Annual statistical returns and brief notes on vaccination in Bengal - 1909-1929
Year: 1909
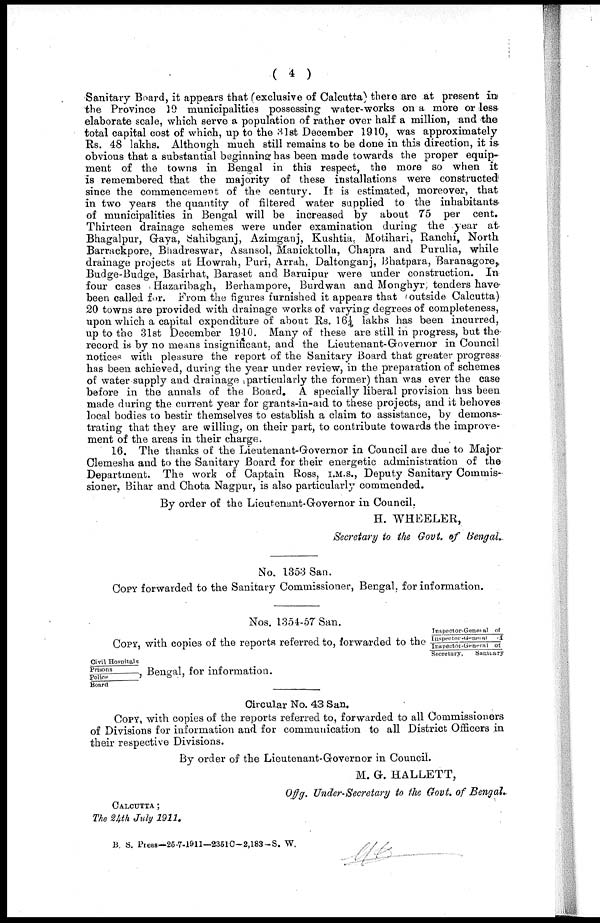
( 4 )
Sanitary Board, it appears that (exclusive of Calcutta) there are at present in
the Province 19 municipalities possessing water-works on a more or less
elaborate scale, which serve a population of rather over half a million, and the
total capital cost of which, up to the 31st December 1910, was approximately
Rs. 48 lakhs. Although much still remains to be done in this direction, it is
obvious that a substantial beginning has been made towards the proper equip-
ment of the towns in Bengal in this respect, the more so when it
is remembered that the majority of these installations were constructed
since the commencement of the century. It is estimated, moreover, that
in two years the quantity of filtered water supplied to the inhabitants
of municipalities in Bengal will be increased by about 75 per cent.
Thirteen drainage schemes were under examination during the year at
Bhagalpur, Graya, Sahibganj, Azimganj, Kushtia, Motihari, Ranchi, North.
Barrackpore, Bhadreswar, Asansol, Manicktolla, Chapra and Purulia, while
drainage projects at Howrah, Puri, Arrah, Daltonganj, Bhatpara, Baranagore,
Budge-Budge, Basirhat, Baraset and Baruipur were under construction. In
four cases Hazaribagh, Berhampore, Burdwan and Monghyr tenders have
been called for. From the figures furnished it appears that outside Calcutta)
20 towns are provided with drainage works of varying degrees of completeness,
upon which a capital expenditure of about Rs. 16¼ lakhs has been incurred,
up to the 31st December 1910. Many of these are still in progress, but the
record is by no means insignificant, and the Lieutenant-Governor in Council
notices with pleasure the report of the Sanitary Board that greater progress
has been achieved, during the year under review, in the preparation of schemes
of water supply and drainage (particularly the former) than was ever the case
before in the annals of the Board. A specially liberal provision has been
made during the current year for grants-in-aid to these projects, and it behoves
local bodies to bestir themselves to establish a claim to assistance, by demons-
trating that they are willing, on their part, to contribute towards the improve-
ment of the areas in their charge.
16. The thanks of the Lieutenant-Governor in Council are due to Major
Clemesha and to the Sanitary Board for their energetic administration of the
Department. The work of Captain Ross, I.M.S., Deputy Sanitary Commis-
sioner, Bihar and Chota Nagpur, is also particularly commended.
By order of the Lieutenant-Governor in Council,
H. WHEELER,
Secretary to the Govt. of Bengal.
No. 1353 San.
COPY forwarded to the Sanitary Commissioner, Bengal, for information.
Nos. 1354-57 San.
COPY, with copies of the reports referred to, forwarded to the
Inspector-General of
Inspector-General of
Inspector-General of
Secretary,
Sunitary
Civil Hospitals
Prisons
Police
,
Board
Bengal, for information.
Circular No. 43 San.
COPY, with copies of the reports referred to, forwarded to all Commissioners
of Divisions for information and for communication to all District Officers in
their respective Divisions.
By order of the Lieutenant-Governor in Council.
M. G. HALLETT,
Offg. Under-Secretary to the Govt. of Bengal.
CALCUTTA ;
The 24th July 1911.
B. S. Press—25-7-1911—2351 C—2,183—S. W.